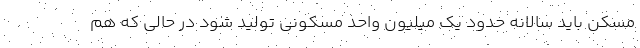
مسکن باید سالانه حدود یک میلیون واحد مسکونی تولید شود در حالی که هم